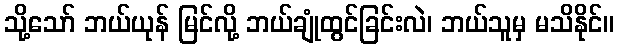
သို့သော် ဘယ်ယုန် မြင်လို့ ဘယ်ချုံထွင်ခြင်းလဲ၊ ဘယ်သူမှ မသိနိုင်။